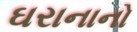
ઘરાનાનો